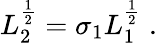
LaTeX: L_{2}^{\frac{1}{2}}=\sigma_{1}L_{1}^{\frac{1}{2}}\; .